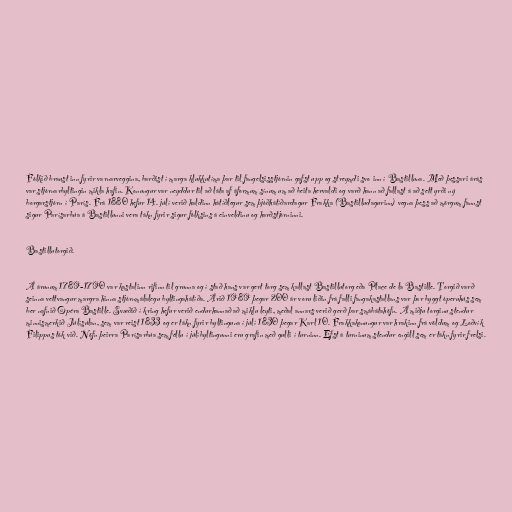
Fólkið braust inn fyrir varnarveggina, barðist í marga klukkutíma þar til fangelsisstjórnin gafst upp og streymdi svo inn í Bastilluna. Með þessari árás
var stjórnarbyltingin mikla hafin. Konungur var neyddur til að láta af áformum sínum um að beita hervaldi og varð hann að fallast á að sett yrði ný
borgarstjórn í París. Frá 1880 hefur 14. júlí verið haldinn hátíðlegur sem þjóðhátíðardagur Frakka (Bastilludagurinn) vegna þess að mörgum fannst
sigur Parísarbúa á Bastillunni vera tákn fyrir sigur fólksins á einveldinu og harðstjórninni.

Bastillutorgið.

Á árunum 1789-1790 var kastalinn rifinn til grunna og í stað hans var gert torg sem kallast Bastillutorg eða Place de la Bastille. Torgið varð
seinna vettvangur margra hinna stjórnmálalegu byltingahátíða. Árið 1989 þegar 200 ár voru liðin frá falli fangakastallans var þar byggt óperuhús sem
ber nafnið Opéra Bastille. Svæðið í kring hefur verið endurhannað að miklu leyti, meðal annars verið gerð þar smábátahöfn. Á miðju torginu stendur
minnismerkið Júlísúlan, sem var reist 1833 og er tákn fyrir byltinguna í júlí 1830 þegar Karl 10. Frakkakonungur var hrakinn frá völdum og Loðvík
Filippus tók við. Nöfn þeirra Parísarbúa sem féllu í júlíbyltingunni eru grafin með gulli í turninn. Efst á turninum stendur engill sem er tákn fyrir frelsi.